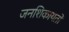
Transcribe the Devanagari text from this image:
जनशिकायतों